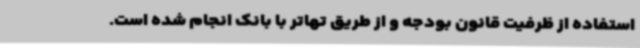
استفاده از ظرفیت قانون بودجه و از طریق تهاتر با بانک‌ انجام شده است.